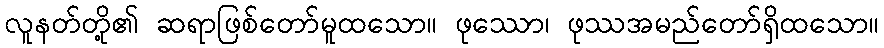
လူနတ်တို့၏ ဆရာဖြစ်တော်မူထသော။ ဖုဿော၊ ဖုဿအမည်တော်ရှိထသော။